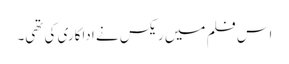
اس فلم میں ریکس نے اداکاری کی تھی۔